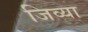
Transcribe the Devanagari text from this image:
जिव्या